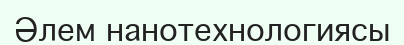
Әлем нанотехнологиясы